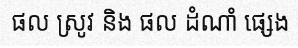
ផល ស្រូវ និង ផល ដំណាំ ផ្សេង